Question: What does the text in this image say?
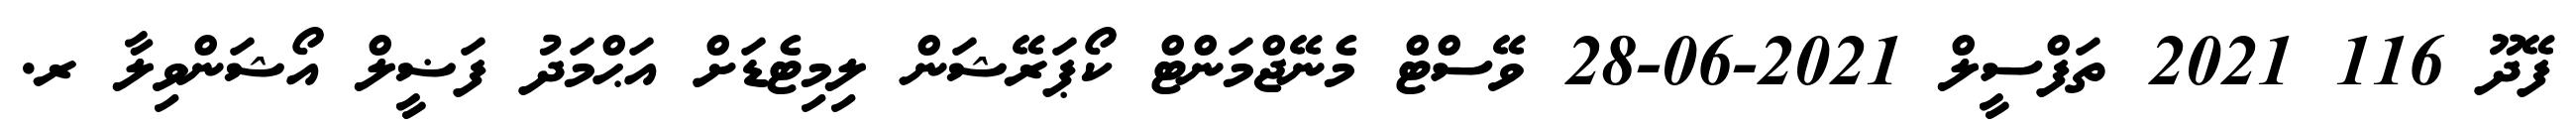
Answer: ފޭދޫ 116 2021 ތަފްސީލް 2021-06-28 ވޭސްޓް މެނޭޖްމަންޓް ކޯޕަރޭޝަން ލިމިޓެޑަށް އަޙްމަދު ފަޟީލް އޯޝަންވިލާ ރ.